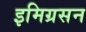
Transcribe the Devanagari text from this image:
इमिग्रसन